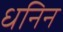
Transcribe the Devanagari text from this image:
धनिन